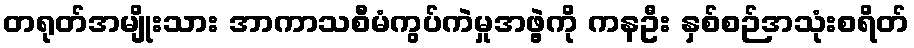
တရုတ်အမျိုးသား အာကာသစီမံကွပ်ကဲမှုအဖွဲ့ကို ကနဦး နှစ်စဉ်အသုံးစရိတ်